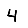
Digit: 4